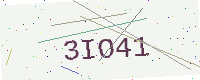
Text: 3IO41